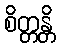
စိတ္တန္တိ